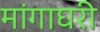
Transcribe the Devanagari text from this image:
मांगाघरी